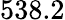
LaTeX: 538.2